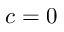
c = 0